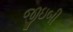
જીઇબી